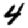
Digit: 4